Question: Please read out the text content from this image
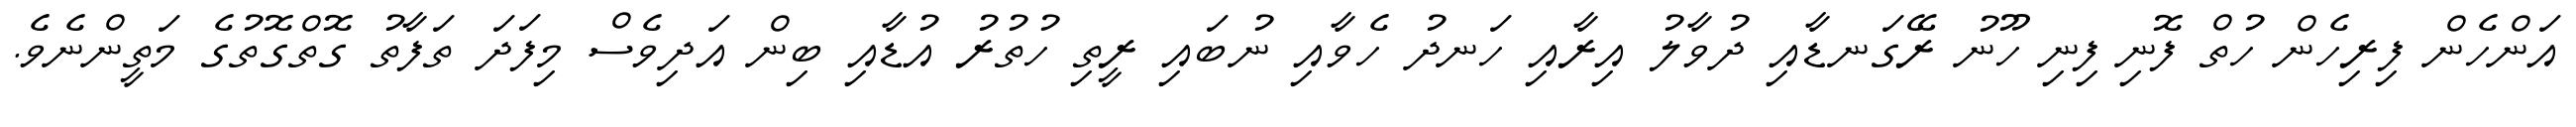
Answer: އަންހެން ފިރިހެން ހުތް ފޮނި ފިނި ހޫނު ރޭގަނޑާއި ދުވާލު އިރާއި ހަނދު ހެވާއި ނުބައި ރީތި ހުތުރު އުޑާއި ބިން އަދިވެސް މިފަދަ ތަފާތު ގޮތްގޮތުގެ މަތީންނެވެ.